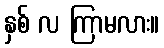
နှစ် လ ကြာမလား။